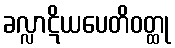
ခလ္လာဋိယပေတိဝတ္ထု